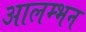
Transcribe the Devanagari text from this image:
आलम्भन